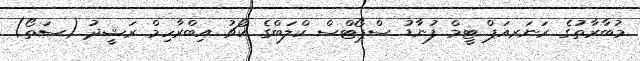
މުބާރާތުގެ ރަނަރއަޕް ޓީމް ފުނާޑު ސްޕޯޓްސް ކްލަބްގެ ކޯޗު އިބްރާހިމް ރަޝީދު (ސަތޯ)